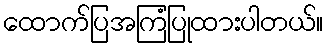
ထောက်ပြအကြံပြုထားပါတယ်။